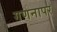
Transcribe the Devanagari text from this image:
गणनापर